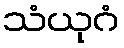
သံယုဂံ